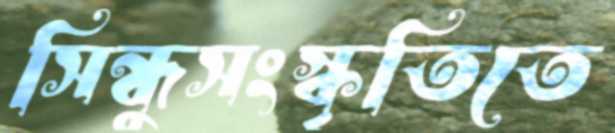
সিন্ধুসংস্কৃতিতে